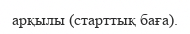
арқылы (старттық баға).